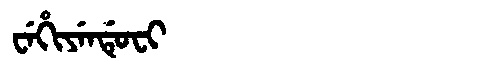
Manchu: ᠸᡝᡥᡳᠶᡝᠨᡩᡠᠸᡳ
Romanization: WEHIYENDUFI